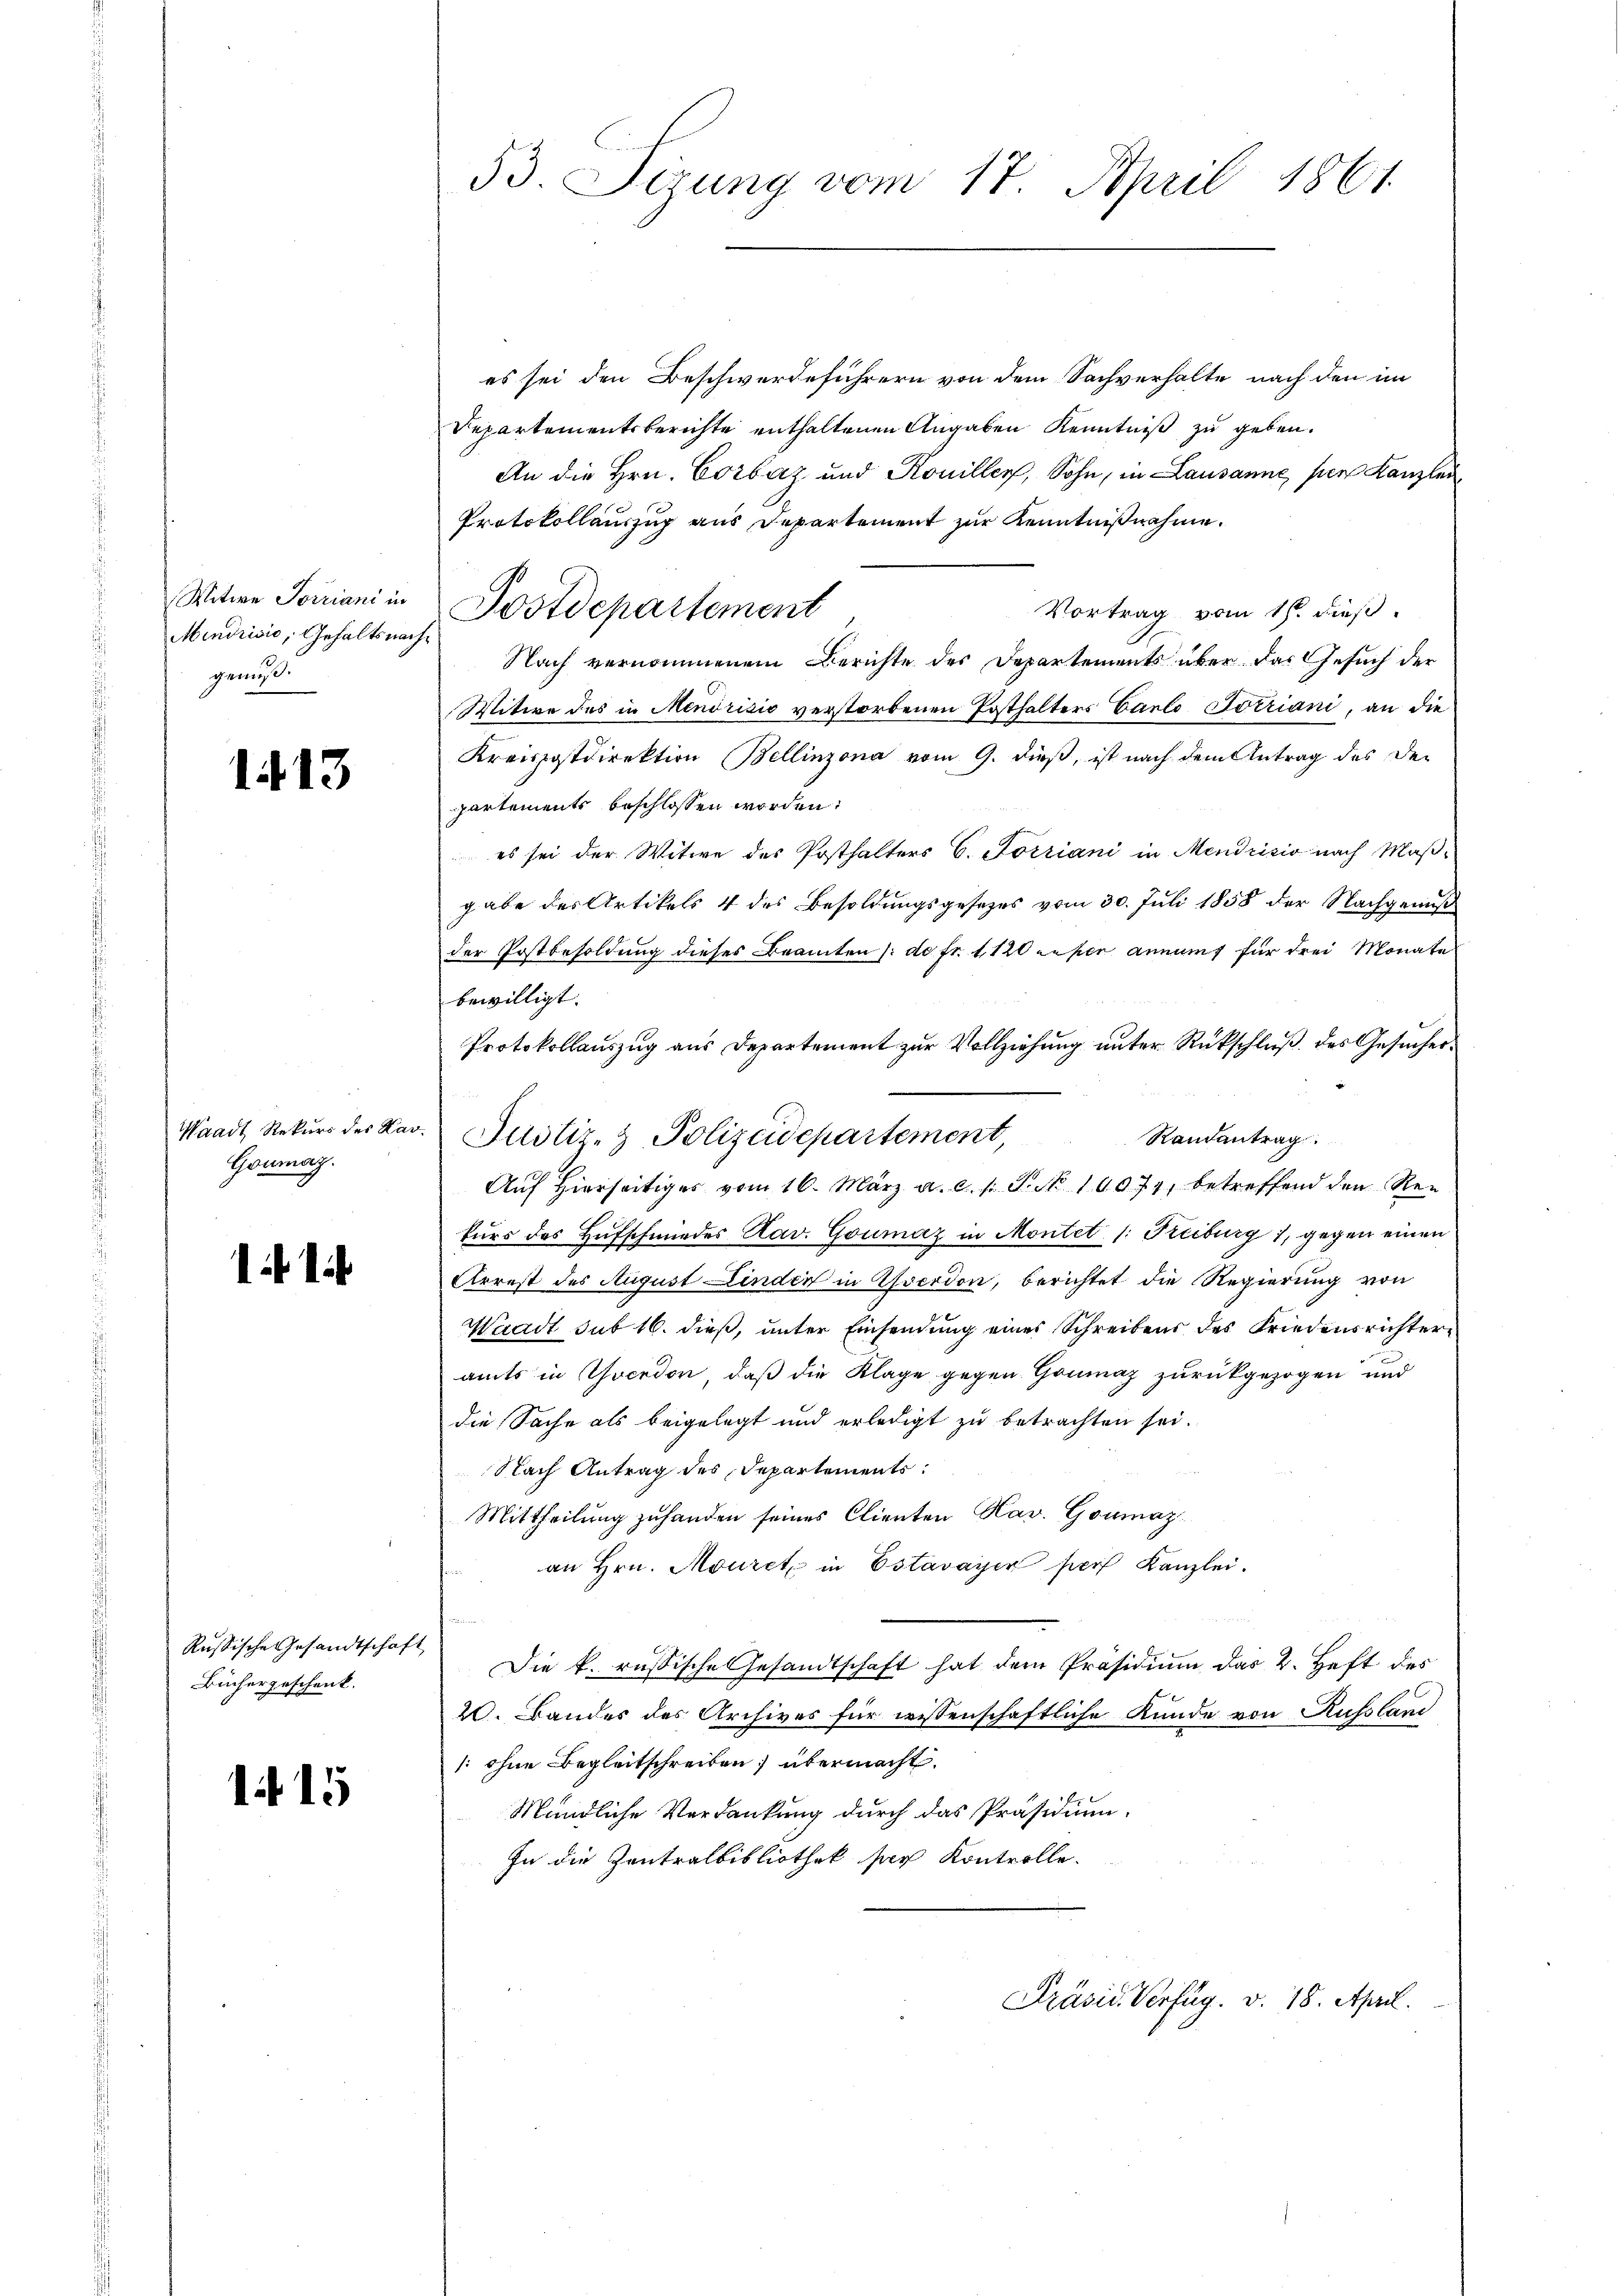
Witwe Jorriani in
Mendrisis, Gehalts nach
gemes.

1413

Waadt Rekurs des Kar
Goumag.

11

Russische Gesandtschaft
Büchergeschenk.

f 15

53. Sizung vom 17. April 1861.

es sei den Beschwerdeführern von dem Sachverhalte nach den im
Departementsberichte enthaltenen Angaben Kenntniß zu geben.
An die Hrn. Corbaz und Koniller, Sohn, in Lausanne per Kanzlei
Protokollauszug aus Departement zur Kenntnißnahme.
Vortrag vom 1sten dieß.
Nach vernommenem Berichte des Departements über das Gesuch der
Witwe des in Mendrisis verstorbenen Posthalters Canto Soeriani, an die
Kreispostdirektion Bellinzona vom 9. dieß, ist nach dem Antrag des De-
partements beschlossen worden.
es sei der Witwe des Posthalters C. Forriani in Mendrisio nach Maß-
gabe des Artikels 4 des Besoldungsgesetzes vom 30. Juli 1858 der Nachgenuß
der Postbesoldung dieses Beamten (d. fr. 1120 resen annamt für drei Monate
bewilligt.
Protokollauszug aus Departement zur Vollziehung unter Rückschluß des Gesucher¬
Randantrag
Auf Hierseitiges vom 16. März a. c. l. J. No 10074, betreffend den Rekurs des Hufschmieder Kav. Goumaz in Montet (: Treiburg 1, gegen einen
Arrest des August Linder in Yverdon, berichtet die Regierung von
Waadt sub 16. dieß, unter Einsendung eines Schreibens des Friedensrichteramts in Chocedor, daß die Klage gegen Goumaz zurückgezogen und
die Sache als beigelegt und erledigt zu betrachten sei.
Nach Antrag des Departements:
Mittheilung zuhanden seines Clienten Hav. Goumaz
an Hrn. Mouret in Estavayer sich Kanzlei.
Die k. russische Gesandtschaft hat dem Präsidiŭm das 2. Heft des
2. Bandes des Archives für wissenschaftliche Kunde von Russland
[: ohne Begleitschreiben; übermacht.
Mündliche Verdankung durch das Präsidium,
In die Zentralbibliothek sag Kontrolle.
Präsid. Verfüg. v. 18. April.

Postdepartement

Justiz- & Polizeidepartement